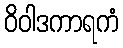
ဝိဝါဒကာရကံ